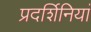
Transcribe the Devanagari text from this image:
प्रदर्शिनियां